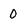
Character: 0